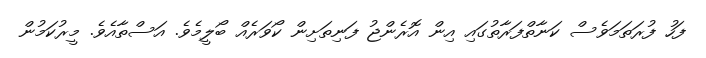
ފަހު ފުރަތަމަވެސް ކަނާތްފަރާތުގައި އިން އޮރެންޖު ފަނިތަށިން ކޯވަރެއް ބޯލީމެވެ. އަސްތާއެވެ. މީރުކަމުން